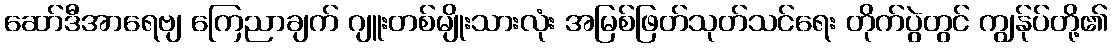
ဆော်ဒီအာရေဗျ ကြေညာချက် ဂျူးတစ်မျိုးသားလုံး အမြစ်ဖြတ်သုတ်သင်ရေး တိုက်ပွဲတွင် ကျွန်ုပ်တို့၏